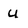
Character: U